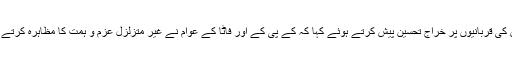
آرمی چیف نے خیبر پختونخوا اور فاٹا کے عوام کو دہشت گردوں کے خلاف ساتھ دینے اور ان کی قربانیوں پر خراج تحسین پیش کرتے ہوئے کہا کہ کے پی کے اور فاٹا کے عوام نے غیر متزلزل عزم و ہمت کا مظاہرہ کرتے ہوئے دہشت گردوں کے مظالم کے خلاف اٹھ کھڑے ہوئے اور پیچھے ہٹنے پر مجبور کردیا۔